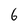
Character: 6